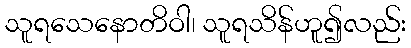
သူရသေနောတိဝါ၊ သူရသိန်ဟူ၍လည်း